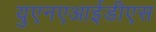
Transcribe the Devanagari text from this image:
युएनएआईडीएस